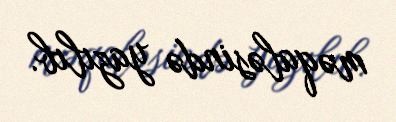
məqaləsində yazılıb.